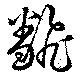
翻